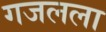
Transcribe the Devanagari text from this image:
गजलला